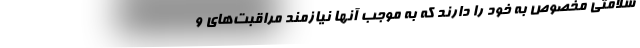
سلامتی مخصوص به خود را دارند که به موجب آنها نیازمند مراقبت‌های و